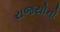
રાજયોનો